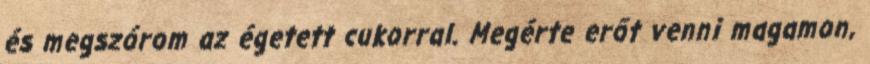
és megszórom az égetett cukorral. Megérte erőt venni magamon,